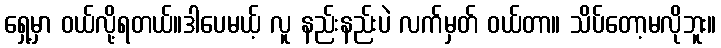
ရှေ့မှာ ဝယ်လို့ရတယ်။ဒါပေမယ့် လူ နည်းနည်းပဲ လက်မှတ် ဝယ်တာ။ သိပ်တော့မလိုဘူး။